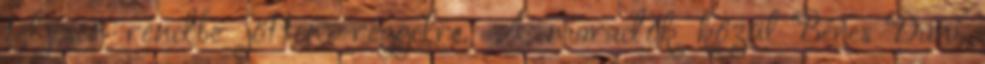
teljesen rendbe jöttem reggelre. A maradók közül Béres Dani